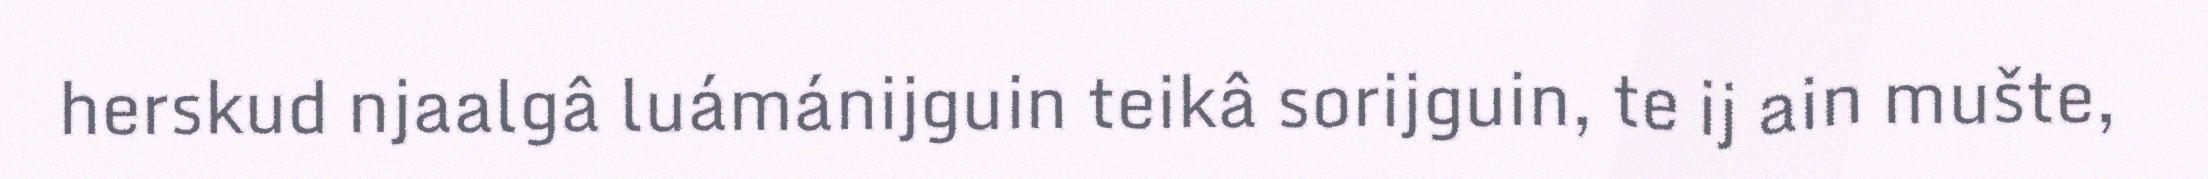
herskud njaalgâ luámánijguin teikâ sorijguin, te ij ain mušte,